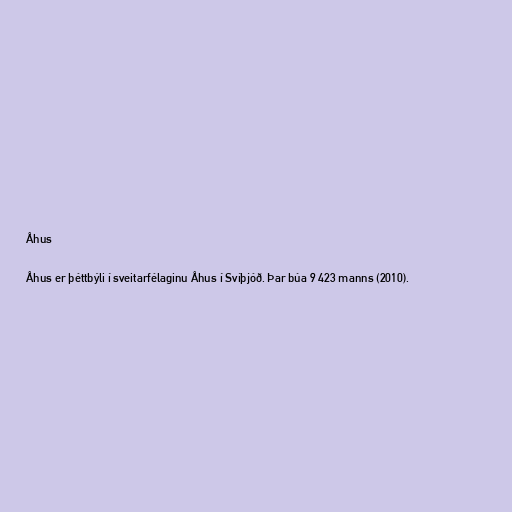
Åhus

Åhus er þéttbýli í sveitarfélaginu Åhus í Svíþjóð. Þar búa 9 423 manns (2010).